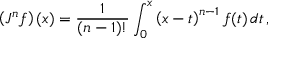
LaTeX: \left( J ^ { n } f \right) ( x ) = { \frac { 1 } { ( n - 1 ) ! } } \int _ { 0 } ^ { x } \left( x - t \right) ^ { n - 1 } f ( t ) \, d t \, ,